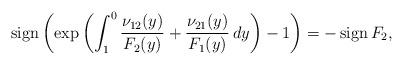
LaTeX: \begin{align*}\operatorname{sign}\left( {\exp\left(\int_1^{0}\frac{\nu_{12}(y)}{F_2(y)}+\frac{\nu_{21}(y)}{F_1(y)}\,dy\right)}-1\right)=-\operatorname{sign}F_2,\end{align*}